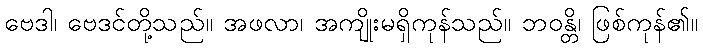
ဗေဒါ၊ ဗေဒင်တို့သည်။ အဖလာ၊ အကျိုးမရှိကုန်သည်။ ဘဝန္တိ၊ ဖြစ်ကုန်၏။